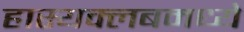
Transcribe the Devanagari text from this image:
हास्यक्लबमध्ये